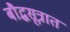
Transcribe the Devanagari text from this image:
बौद्धसूत्रात